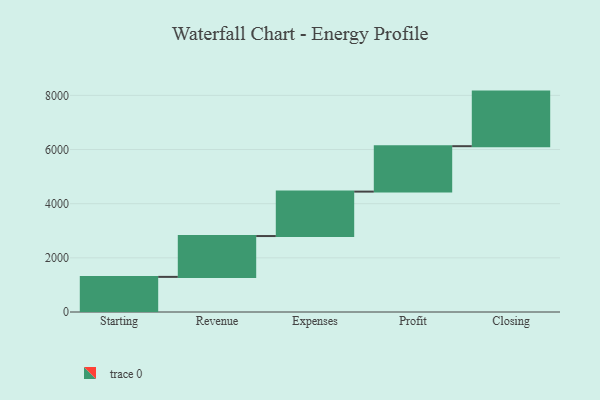
{"axis": {"x": "Step", "y": "Value"}, "legend": [""], "data": [{"x": "Starting", "y": 1297.0, "type": ""}, {"x": "Revenue", "y": 1508.0, "type": ""}, {"x": "Expenses", "y": 1641.0, "type": ""}, {"x": "Profit", "y": 1677.0, "type": ""}, {"x": "Closing", "y": 2016.0, "type": ""}]}